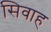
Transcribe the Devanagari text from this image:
सिवाह